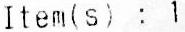
ITEM(S) : 1